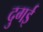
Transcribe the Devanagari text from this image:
दुगई